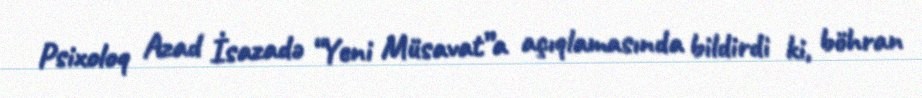
Psixoloq Azad İsazadə “Yeni Müsavat”a açıqlamasında bildirdi ki, böhran